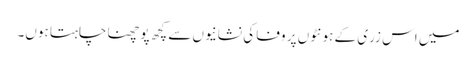
میں اس زری کے ہونٹوں پر وفا کی نشانیوں سے کچھ پوچھنا چاہتا ہوں۔